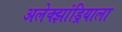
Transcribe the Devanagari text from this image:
अलेक्झांड्रियाला